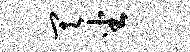
其坐